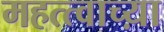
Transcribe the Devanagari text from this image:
महत्त्वाच्य़ा